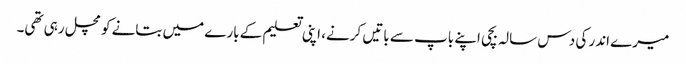
میرے اندر کی دس سالہ بچی اپنے باپ سے باتیں کرنے، اپنی تعلیم کے بارے میں بتانے کو مچل رہی تھی۔